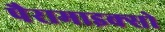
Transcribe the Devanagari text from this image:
पैरामाइक्सो